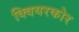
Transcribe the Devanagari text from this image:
क्वियरकोर